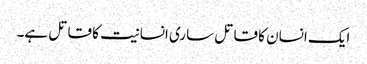
ایک انسان کا قاتل ساری انسانیت کا قاتل ہے۔